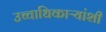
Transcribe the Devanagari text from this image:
उच्चाधिकाऱ्यांशी